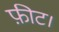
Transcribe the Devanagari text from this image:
फ़ीट।